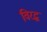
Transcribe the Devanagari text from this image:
विरद्ध